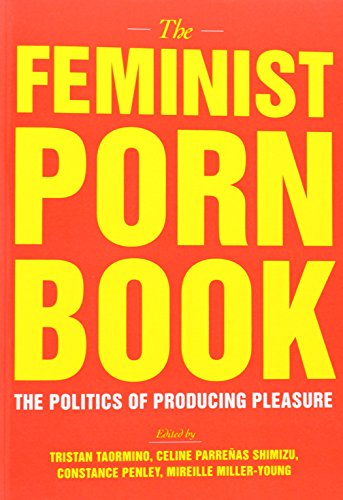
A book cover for The Feminist Porn Book: The Politics of Producing Pleasure; Politics & Social Sciences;